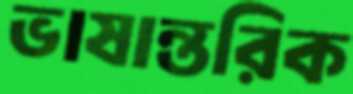
ভাষান্তরিক